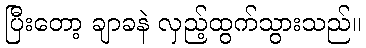
ပြီးတော့ ချာခနဲ လှည့်ထွက်သွားသည်။